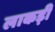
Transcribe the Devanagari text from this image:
लाकड़ी